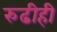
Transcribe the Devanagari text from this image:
रुढीही